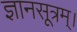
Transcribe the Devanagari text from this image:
ज्ञानसूत्रम्।